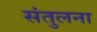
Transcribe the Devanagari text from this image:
संतुलना